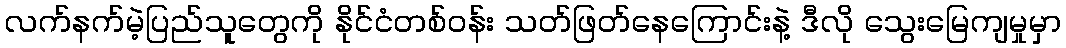
လက်နက်မဲ့ပြည်သူတွေကို နိုင်ငံတစ်ဝန်း သတ်ဖြတ်နေကြောင်းနဲ့ ဒီလို သွေးမြေကျမှုမှာ